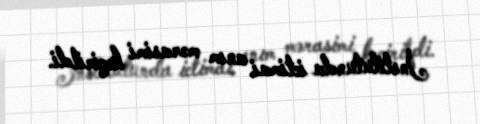
İnstitutunda ictimai anım mərasimi keçirildi.